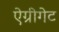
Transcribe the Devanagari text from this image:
ऐग्रीगेट